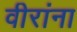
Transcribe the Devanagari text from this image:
वीरांना